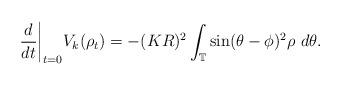
LaTeX: \begin{align*} \frac{d}{dt}\bigg|_{t=0}V_k(\rho_t) & = - (KR)^2 \int_\mathbb T \sin(\theta-\phi)^2 \rho ~ d\theta. \end{align*}